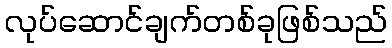
လုပ်ဆောင်ချက်တစ်ခုဖြစ်သည်